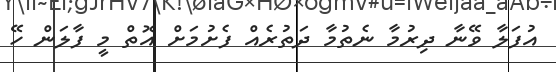
އުފަލާ ވޭނާ ދިރުމާ ނެތުމާ ދަތުރެއް ފެށުމަށް އޮތް މީ ފާލަން ހޭ